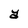
Character: Y